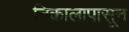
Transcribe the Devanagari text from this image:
निकालापासून